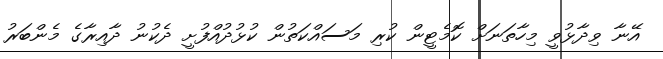
އޭނާ ވިދާޅުވީ މިހާތަނަށް ކޮމެޓީން ކުރި މަސައްކަތުން ކުޅުދުއްފުށީ ދެކުނު ދާއިރާގެ މެންބަރު